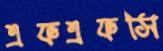
এফএফসি